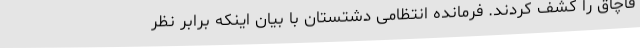
قاچاق را کشف کردند. فرمانده انتظامی دشتستان با بیان اینکه برابر نظر